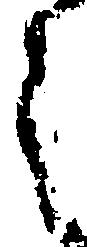
之